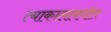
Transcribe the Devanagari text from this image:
त्याकालावधीत